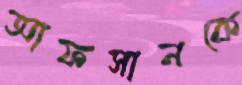
আফসানকে